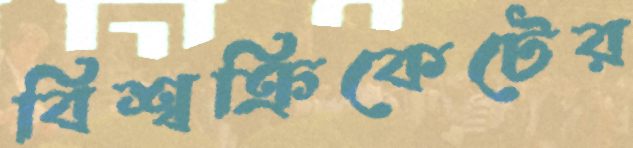
বিশ্বক্রিকেটের